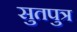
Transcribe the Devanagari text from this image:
सुतपुत्र